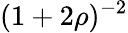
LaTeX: (1+2\rho)^{-2}